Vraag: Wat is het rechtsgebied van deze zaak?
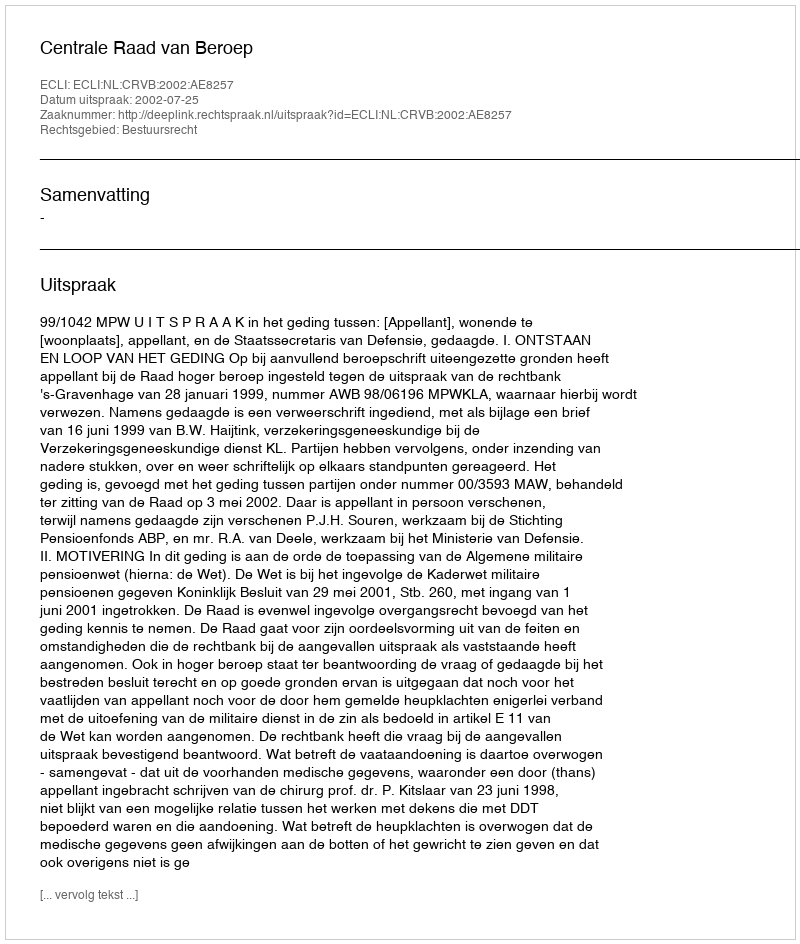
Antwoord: Bestuursrecht